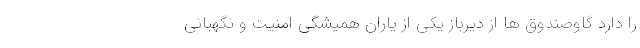
را دارد گاوصندوق­ ها از دیرباز یکی از یاران همیشگی امنیت و نگهبانی